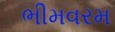
ભીમવરમ